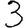
Digit: 3